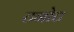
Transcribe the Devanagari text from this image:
टनोट